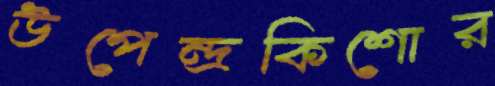
উপেন্দ্রকিশোর